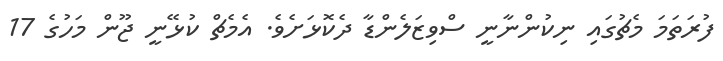
ފުރަތަމަ މެޗުގައި ނިކުންނާނީ ސްވިޒަލެންޑާ ދެކޮޅަށެވެ. އެމެޗް ކުޅޭނީ ޖޫން މަހުގެ 17